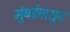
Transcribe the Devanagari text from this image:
मुंबईपासुन